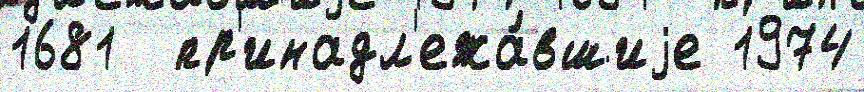
1681  пр'инадл'ежа́вшиjе 1974